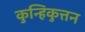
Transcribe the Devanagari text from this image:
कुन्हिकुत्तन